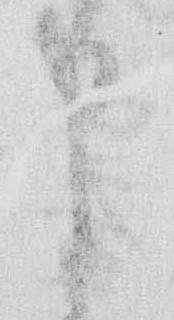
申